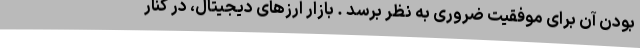
بودن آن برای موفقیت ضروری به نظر برسد . بازار ارزهای دیجیتال، در کنار